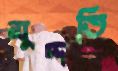
মুদ্দতি